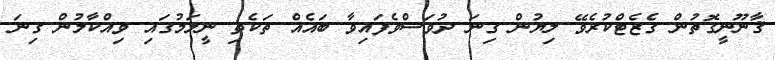
ޤާނޫނީގޮތުން ގެޒެޓްކުރެވޭ ލިޔުން ގިނަ ދުވަސްވެފައިވާ ބައެއް ތަކެތި ނީލަމުގައި ވިއްކާލުން ގިނަ